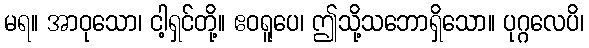
မရ။ အာဝုသော၊ ငါ့ရှင်တို့။ ဧဝရူပေ၊ ဤသို့သဘောရှိသော။ ပုဂ္ဂလေပိ၊